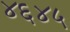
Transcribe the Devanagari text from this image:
४६४५